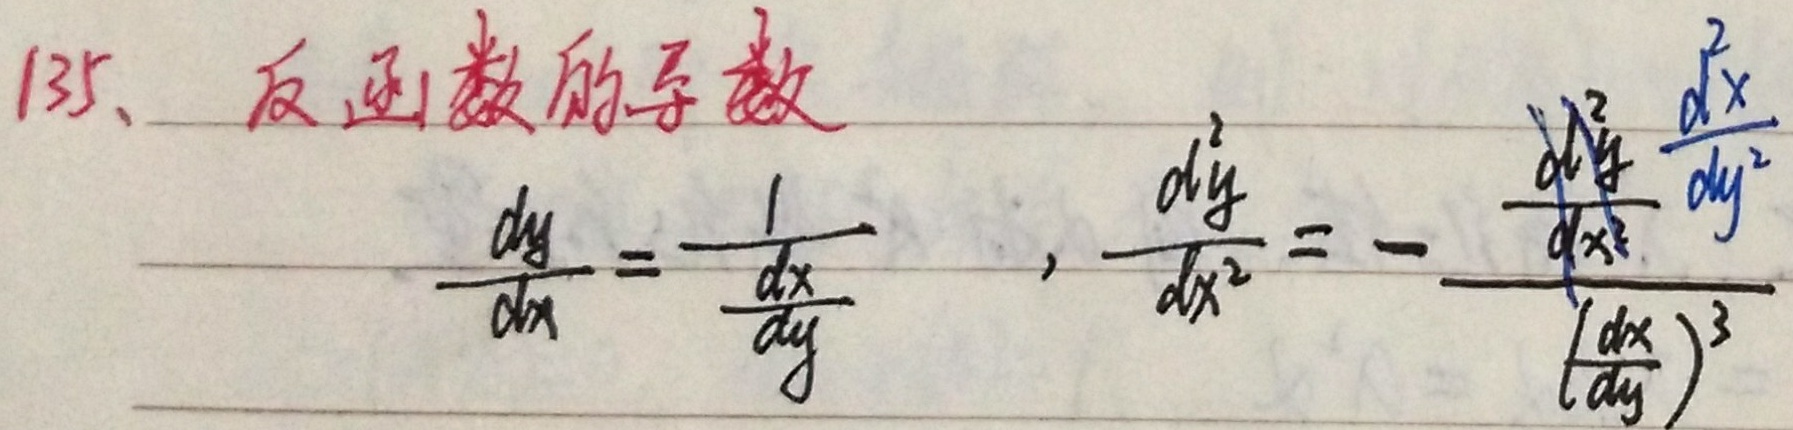
135、反函数的导数
\[\frac{dy}{dx}=\frac{1}{\frac{dx}{dy}},\frac{d^{2}y}{dx^{2}}=-\frac{\frac{d^{2}x}{dy^{2}}}{\left(\frac{dx}{dy}\right)^{3}}\]